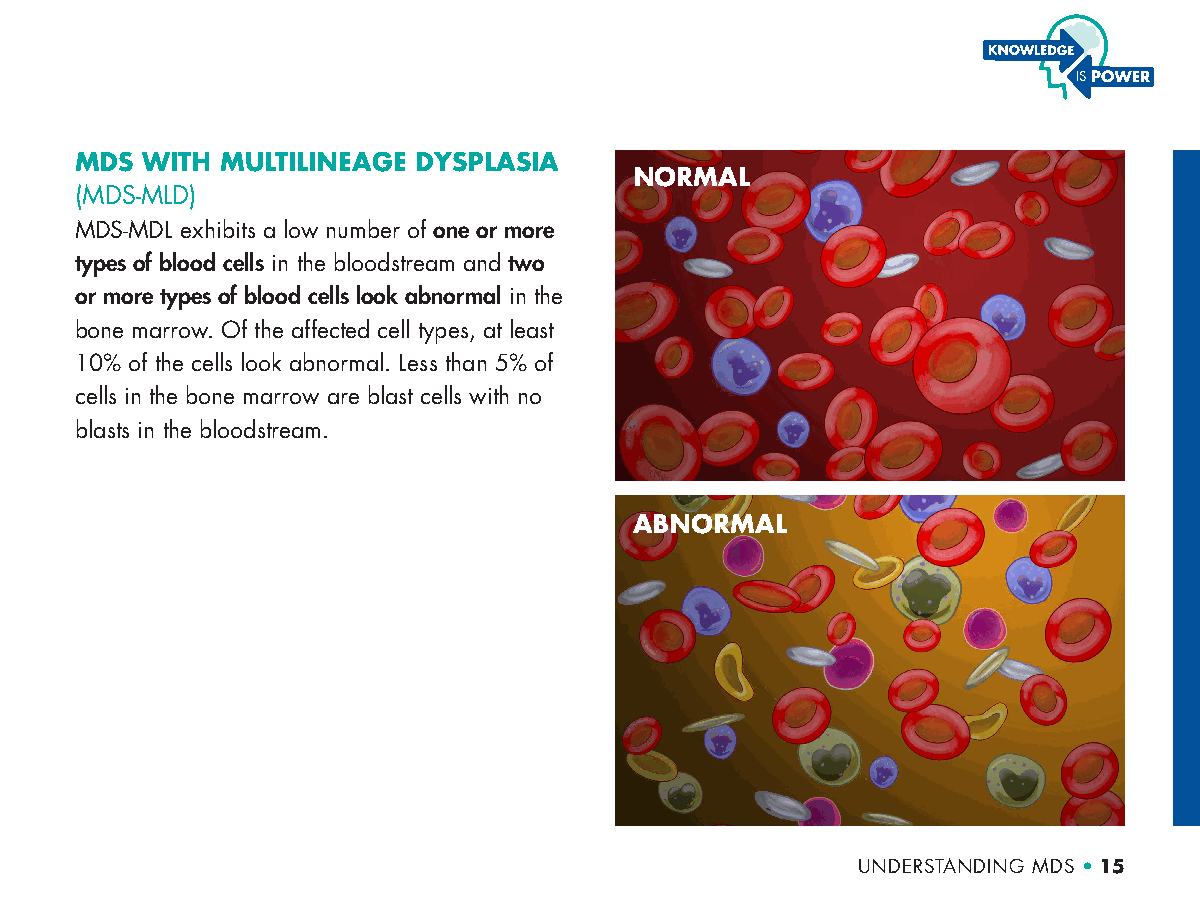
MDS WITH  MULTILINEAGE DYSPLASIA
 NORMAL
 (MDS-MLD)
 MDS-MDL exhibits a low number of one or more
 types of blood cells in the bloodstream and two
 or more types of blood cells look abnormal in the
 bone marrow. Of the affected cell types, at least
 10% of the cells look abnormal. Less than 5% of
 cells in the bone marrow are blast cells with no
 blasts in the bloodstream.
 ABNORMAL
 UNDERSTANDING MDS • 15